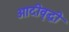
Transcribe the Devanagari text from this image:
आदीवृद्धी